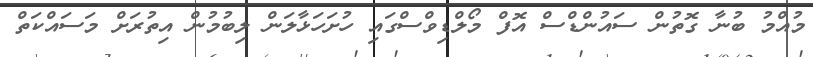
މުއްމު ބުނާ ގޮތުން ސައުންޑްސް އޮފް މޯލްޑިވްސްގައި ހުށަހަޅާލަން ލިބުމުން އިތުރަށް މަސައްކަތް